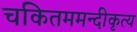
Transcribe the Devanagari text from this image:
चकितममन्दीकृत्य